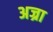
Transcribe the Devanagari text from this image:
अज्रा